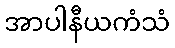
အာပါနီယကံသံ